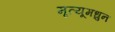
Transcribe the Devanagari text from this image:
मृत्यूमधुन